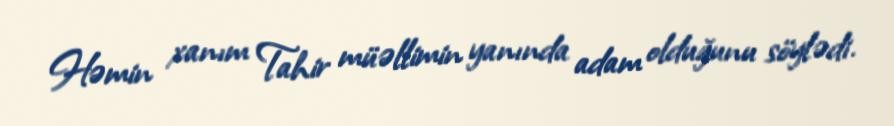
Həmin xanım Tahir müəllimin yanında adam olduğunu söylədi.